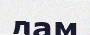
дам